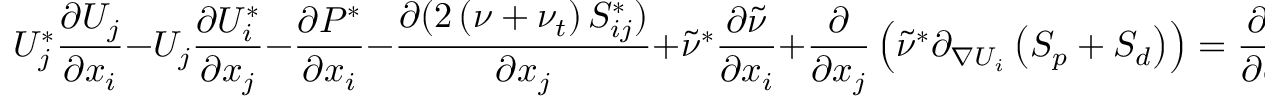
U _ { j } ^ { * } \frac { \partial U _ { j } } { \partial x _ { i } } - U _ { j } \frac { \partial U _ { i } ^ { * } } { \partial x _ { j } } - \frac { \partial P ^ { * } } { \partial x _ { i } } - \frac { \partial ( 2 \left( \nu + \nu _ { t } \right) S _ { i j } ^ { * } ) } { \partial x _ { j } } + \tilde { \nu } ^ { * } \frac { \partial \tilde { \nu } } { \partial x _ { i } } + \frac { \partial } { \partial x _ { j } } \left( \tilde { \nu } ^ { * } \partial _ { \nabla U _ { i } } \left( S _ { p } + S _ { d } \right) \right) = \frac { \partial J } { \partial U _ { i } } ,